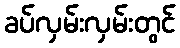
ခပ်လှမ်းလှမ်းတွင်